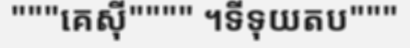
"""គេស៊ី"""" ។ទីទុយតប"""